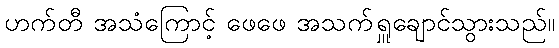
ဟက်တီ အသံကြောင့် ဖေဖေ အသက်ရှူချောင်သွားသည်။